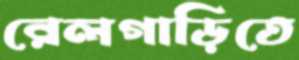
রেলগাড়িতে